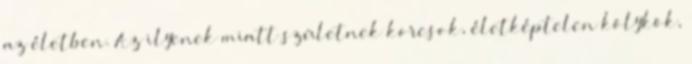
az életben. Az ilyenek miatt születnek korcsok, életképtelen kölykök,